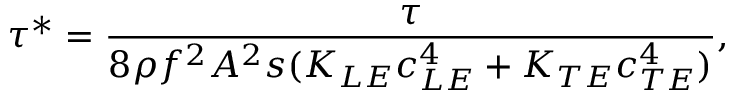
\tau ^ { * } = \frac { \tau } { 8 \rho f ^ { 2 } A ^ { 2 } s ( K _ { L E } c _ { L E } ^ { 4 } + K _ { T E } c _ { T E } ^ { 4 } ) } ,